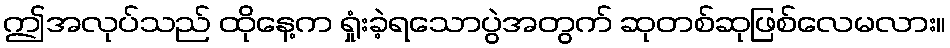
ဤအလုပ်သည် ထိုနေ့က ရှုံးခဲ့ရသောပွဲအတွက် ဆုတစ်ဆုဖြစ်လေမလား။